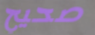
صحيح